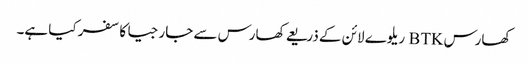
کھارس BTK ریلوے لائن کے ذریعے کھارس سے جارجیا کا سفر کیا ہے۔